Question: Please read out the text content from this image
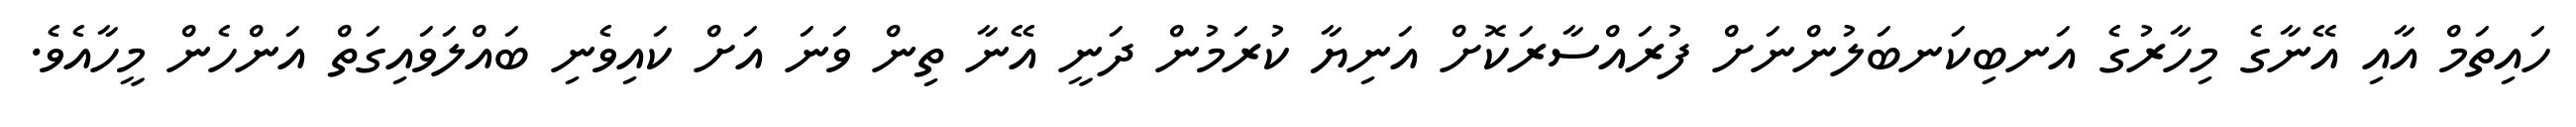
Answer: ހައިތަމް އާއި އޭނާގެ މިހާރުގެ އަނބިކަނބަލުންނަށް ފުރައްސާރަކޮށް އަނިޔާ ކުރަމުން ދަނީ އޭނާ ތިން ވަނަ އަށް ކައިވެނި ބައްލަވައިގަތް އަންހެން މީހާއެވެ.